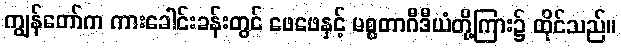
ကျွန်တော်က ကားခေါင်းခန်းတွင် ဖေဖေနှင့် မစ္စတာဂီဒီယံတို့ကြား၌ ထိုင်သည်။